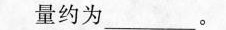
量约为_。